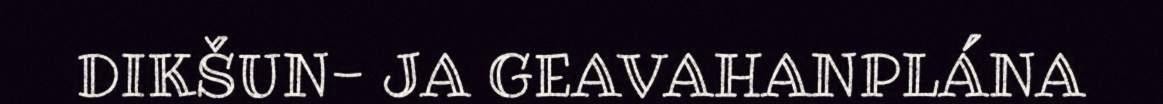
DIKŠUN- JA GEAVAHANPLÁNA